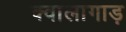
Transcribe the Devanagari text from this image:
क्वालागाड़